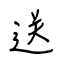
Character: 送